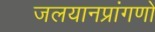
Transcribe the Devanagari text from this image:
जलयानप्रांगणों